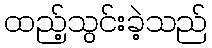
ထည့်သွင်းခဲ့သည်